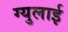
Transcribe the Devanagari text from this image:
ग्युलाई